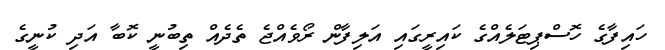
ހައިފާގެ ހޮސްޕިޓަލެއްގެ ކައިރީގައި އަލިފާން ރޯވެއްޖެ ތެދެއް ތިބުނީ ކޮބާ އަދި ކުނީގެ